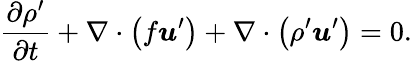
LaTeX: \frac{\partial\rho^{\prime}}{\partial t}+\nabla\cdot\left(f\boldsymbol{u}^{\prime}\right)+\nabla\cdot\left(\rho^{\prime}\boldsymbol{u}^{\prime}\right)=0.